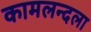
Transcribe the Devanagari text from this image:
कामलन्दला